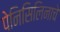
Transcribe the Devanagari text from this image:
पेनिसिलिनाचे